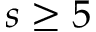
s \ge 5